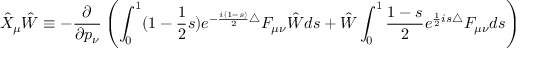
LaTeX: \hat { X } _ { \mu } \hat { W } \equiv - \frac { \partial } { \partial p _ { \nu } } \left( \int _ { 0 } ^ { 1 } ( 1 - \frac { 1 } { 2 } s ) e ^ { - \frac { i ( 1 - s ) } { 2 } \bigtriangleup } F _ { \mu \nu } \hat { W } d s + \hat { W } \int _ { 0 } ^ { 1 } \frac { 1 - s } { 2 } e ^ { \frac { 1 } { 2 } i s \bigtriangleup } F _ { \mu \nu } d s \right)